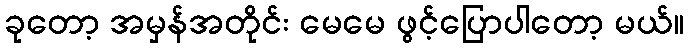
ခုတော့ အမှန်အတိုင်း မေမေ ဖွင့်ပြောပါတော့ မယ်။